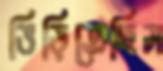
ভিড়িতেছিস